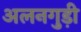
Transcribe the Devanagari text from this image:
अलनगुड़ी